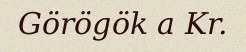
Görögök a Kr.